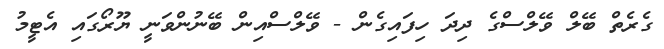
ގެރެތް ބޭލް ވޭލްސްގެ ދިދަ ހިފައިގެން - ވޭލްސްއިން ބޭނުންވަނީ ޔޫރޯގައި އެޓީމު